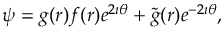
\psi = g ( r ) f ( r ) e ^ { 2 \imath \theta } + \tilde { g } ( r ) e ^ { - 2 \imath \theta } ,